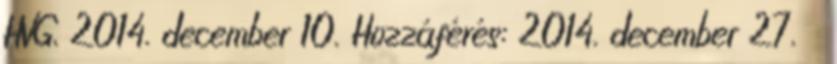
HVG, 2014. december 10. Hozzáférés: 2014. december 27. ↑